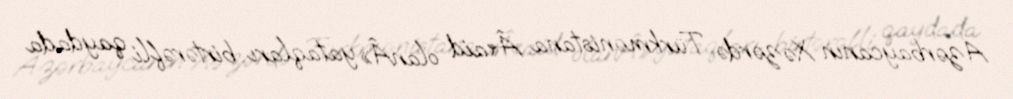
Azərbaycanın Xəzərdə Türkmənistana Â«aid olanÂ» yataqları birtərəfli qaydada